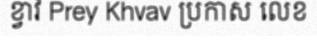
ខ្វាវ Prey Khvav ប្រកាស លេខ